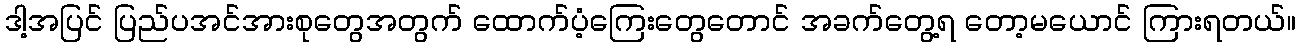
ဒါ့အပြင် ပြည်ပအင်အားစုတွေအတွက် ထောက်ပံ့ကြေးတွေတောင် အခက်တွေ့ရ တော့မယောင် ကြားရတယ်။